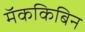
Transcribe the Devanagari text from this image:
मॅककिबिन